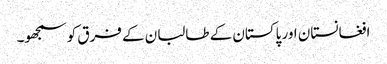
افغانستان اور پاکستان کے طالبان کے فرق کو سمجھو۔